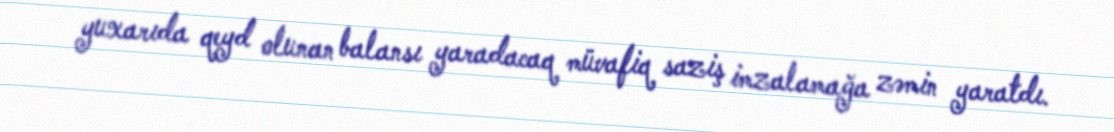
yuxarıda qeyd olunan balansı yaradacaq müvafiq saziş imzalamağa zəmin yaratdı.